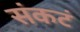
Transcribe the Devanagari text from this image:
संकटं